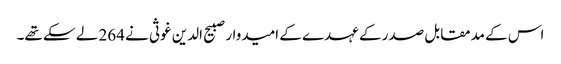
اس کے مدمقابل صدر کے عہدے کے امیدوار صبیح الدین غوثی نے 264 لے سکے تھے۔